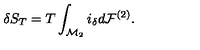
\delta S _ { T } = T \int _ { { \cal M } _ { 2 } } i _ { \delta } d { \cal F } ^ { ( 2 ) } .